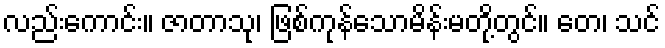
လည်းကောင်း။ ဇာတာသု၊ ဖြစ်ကုန်သောမိန်းမတို့တွင်။ တေ၊ သင်